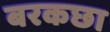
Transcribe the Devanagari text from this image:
बरकछा